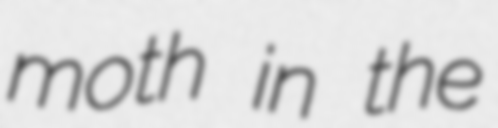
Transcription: moth in the